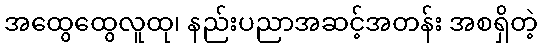
အထွေထွေလူထု၊ နည်းပညာအဆင့်အတန်း အစရှိတဲ့